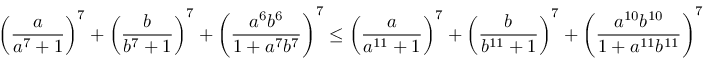
\left( \frac { a } { a ^ { 7 } + 1 } \right) ^ { 7 } + \left( \frac { b } { b ^ { 7 } + 1 } \right) ^ { 7 } + \left( \frac { a ^ { 6 } b ^ { 6 } } { 1 + a ^ { 7 } b ^ { 7 } } \right) ^ { 7 } \leq \left( \frac { a } { a ^ { 1 1 } + 1 } \right) ^ { 7 } + \left( \frac { b } { b ^ { 1 1 } + 1 } \right) ^ { 7 } + \left( \frac { a ^ { 1 0 } b ^ { 1 0 } } { 1 + a ^ { 1 1 } b ^ { 1 1 } } \right) ^ { 7 }